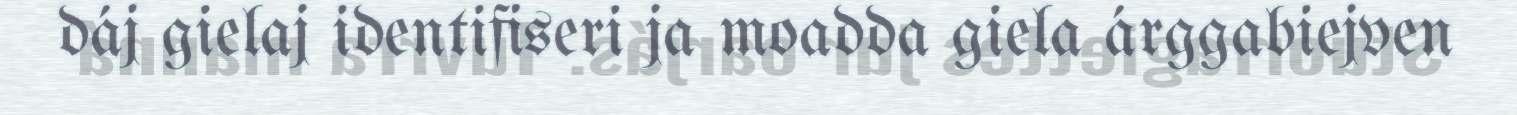
dáj gielaj identifiseri ja moadda giela árggabiejven